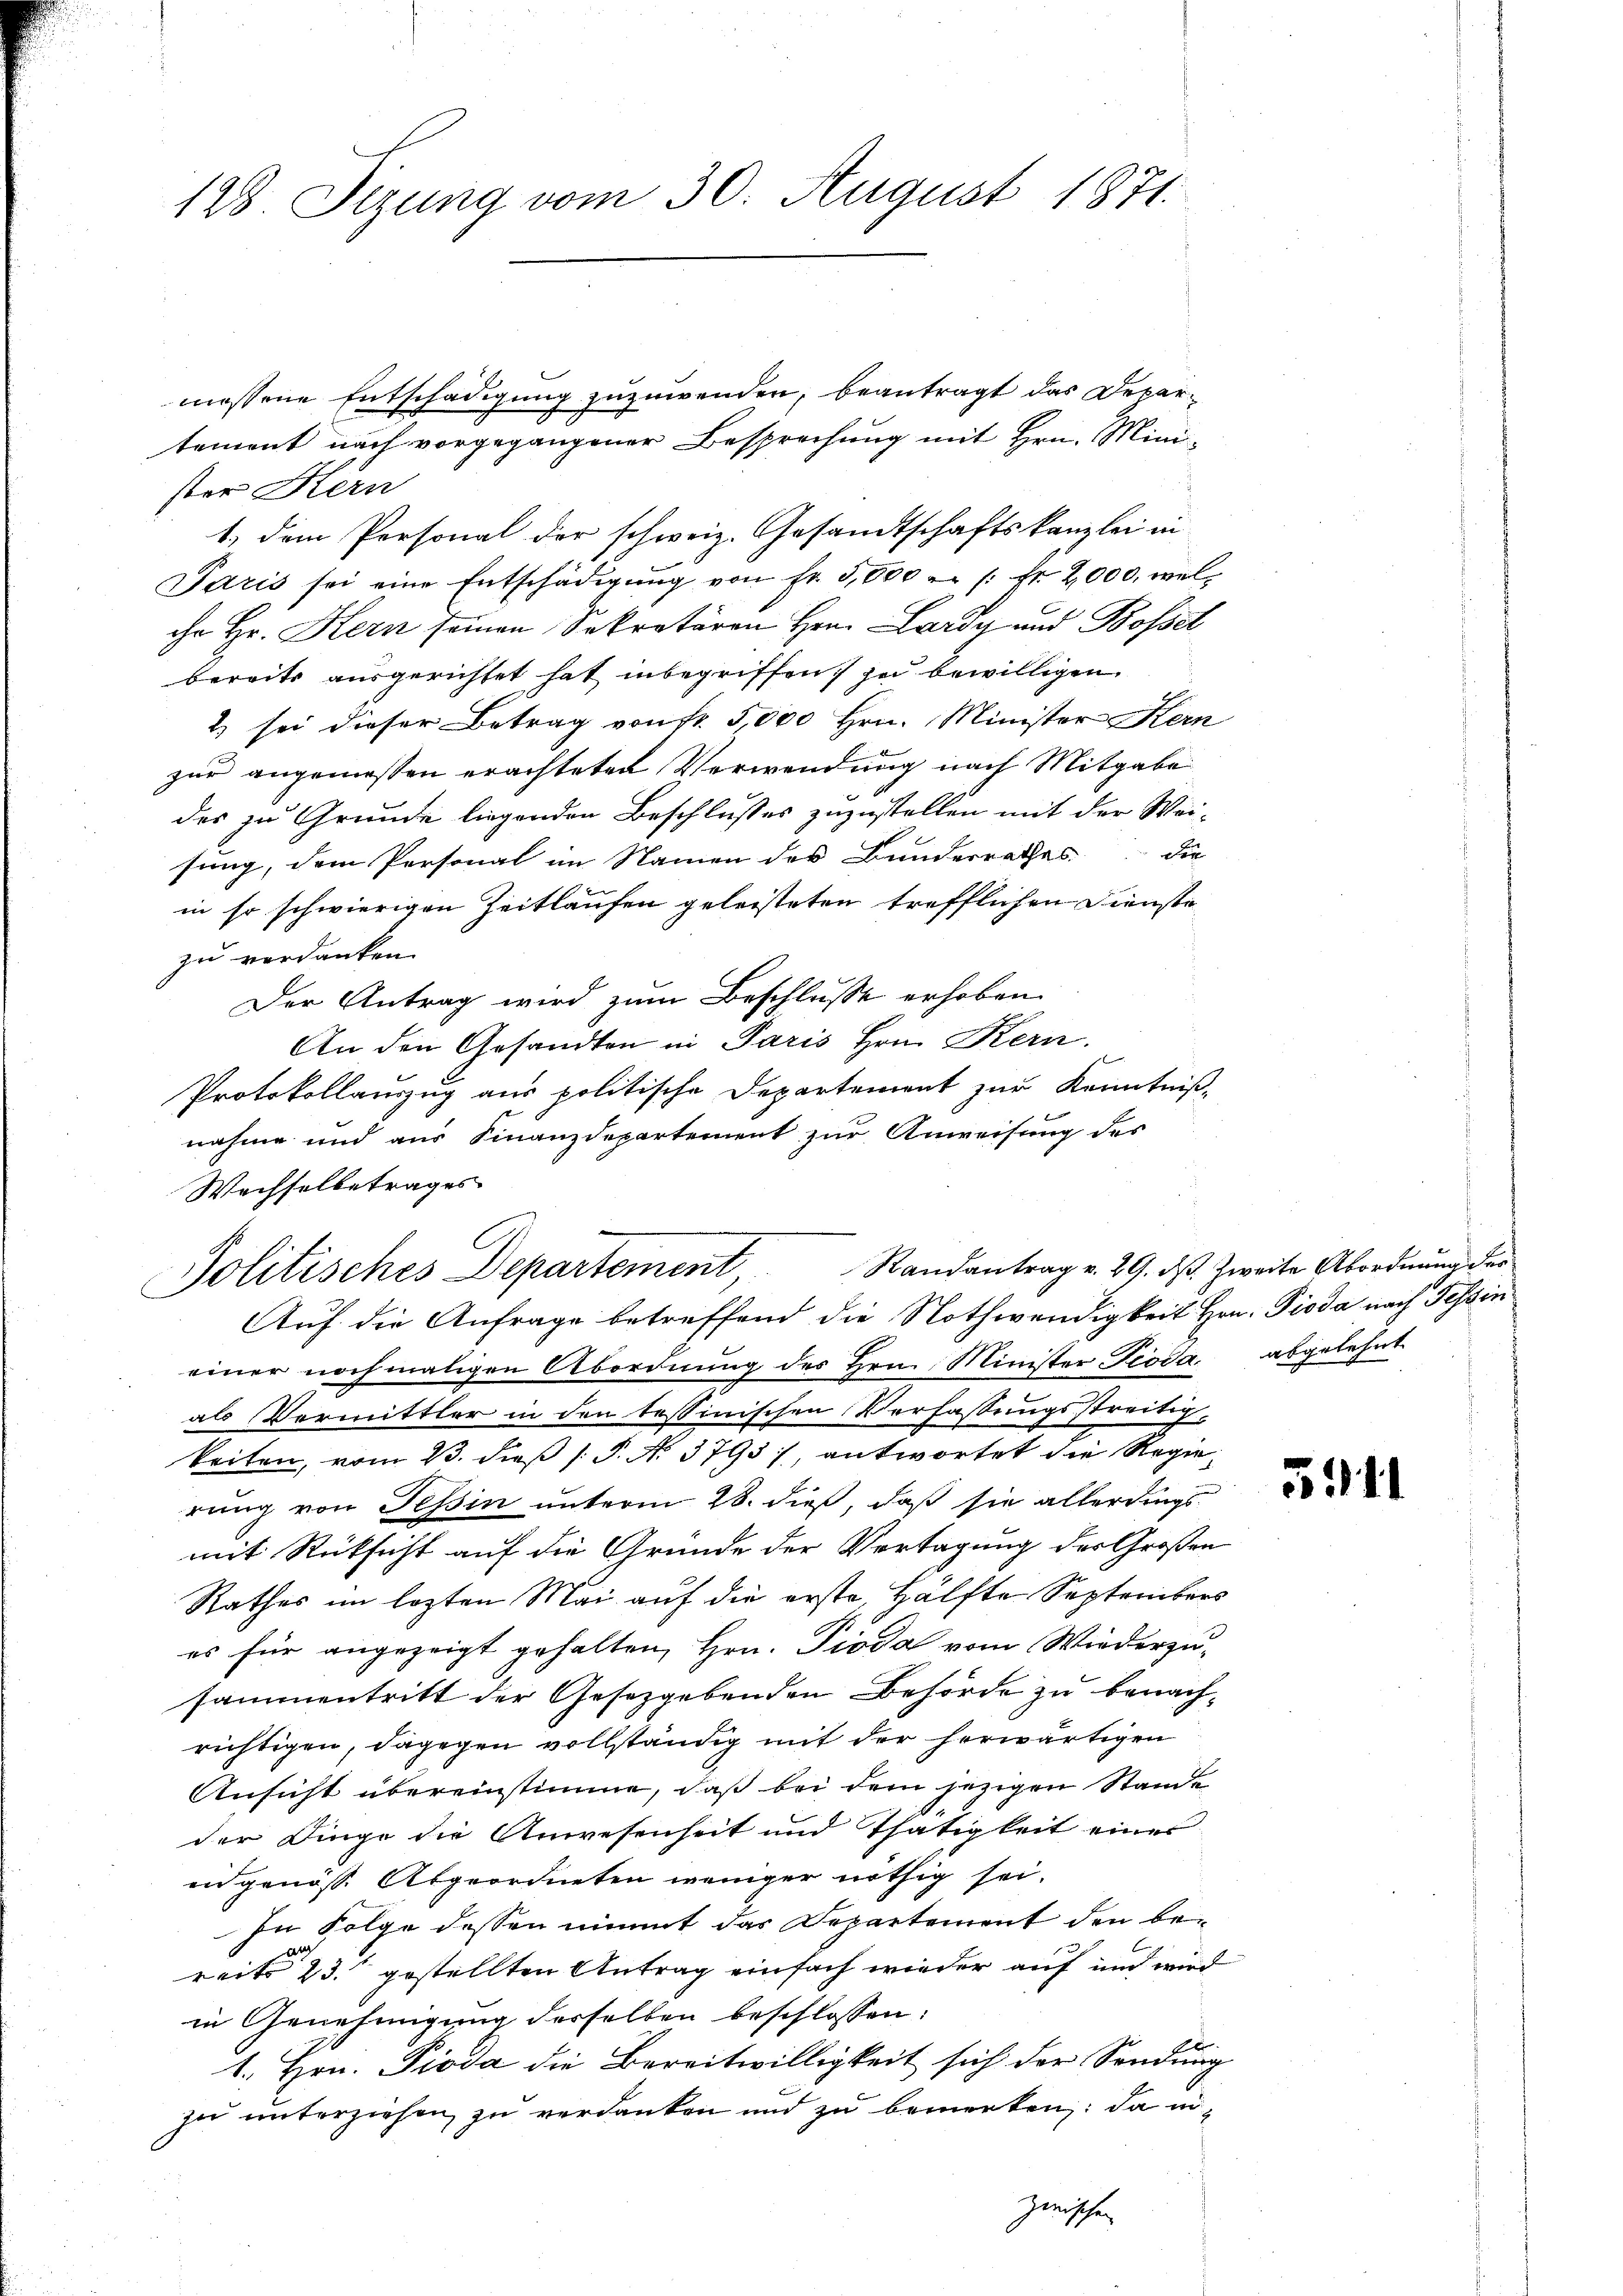
128 Sizung vom 30. August 1871.

messene Entschädigung zuzuwenden, beantragt das Departement nach vorgegangener Besprechung mit Hrn. Minister Kern
1.) dem Personal der schweiz. Gesandtschaftskanzlei in
Paris sei eine Entschädigŭng von Fr. 3,800  /: fr 2,000, welihr Hr. Kern seinen Sekretären Hrn. Lardy und Bossel
bereits ausgerichtet hat inbegriffen zu bewilligen
2) sei dieser Betrag von fr. 5,000 Hrn. Minister Kern
zur angemessen erachteten Verwendung nach Mitgabe
des zu Grunde liegenden Beschlusses zuzustellen mit der Wei-
der
sung, dem Personal im Namen des Bunderrathes
in so schwierigen Zeitläufen geleisteten trefflichen Dienste
zu verdanken.
Der Antrag wird zum Beschlusse erhoben.
An den Gesandten in Paris Hrn. Kern.
Protokollauszug aus politische Departement zur Kenntniß
nahme und aus Finanzdepartement zur Anweisung des
Wechselbetrages
Auf die Anfrage betreffend die Nothwendigkeit Hrn. Pioda nach Tessin
einer nochmaligen Abordnung des Hrn. Minister Pioda, abgelehnt
als Vermittler in den tessinischen Verfassungsstreitigkeiten, vom 23. dieß P. N. 3793), antwortet die Regierung von Tessin unterm 28. dieß, daß sie allerdings
mit Rücksicht auf die Gründe der Vertagung des Großen
Rathes im lezten Mai auf die erste, Hälfte Septembers
es für angezeigt gehalten, Hrn. Pioda vom Wiederzusammentritt der Gesetzgebenden Behörde zu benachrichtigen, dagegen vollständig mit der herwärtigen
Ansicht übereinstimme, daß bei dem jezigen Stande
der Dinge die Anwesenheit und Thätigkeit eines
ingenöss. Abgeordneten weniger nöthig sei.
In Folge dessen nimmt das Departement den be¬
E
reits 23. gestellten Antrag einfach wieder auf und wird
in Genehmigung derselben beschlossen:
1. Hrn. Piova die Bereitwilligkeit sich der Sendung
zu unterziehen, zu verdanken und zu bemerken: da eizwischen

Politisches Departement, Randantrag v. 29. ds. Zweite Abordnung der

3911